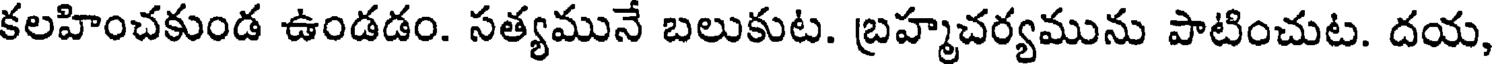
కలహించకుండ ఉండడం. సత్యమునే బలుకుట. బ్రహ్మచర్యమును పాటించుట. దయ,